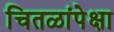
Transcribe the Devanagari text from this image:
चितळांपेक्षा